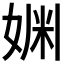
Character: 𫰿